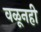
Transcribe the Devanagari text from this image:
वळूनही